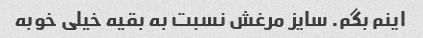
اینم بگم. سایز مرغش نسبت به بقیه خیلی خوبه